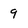
Character: 9